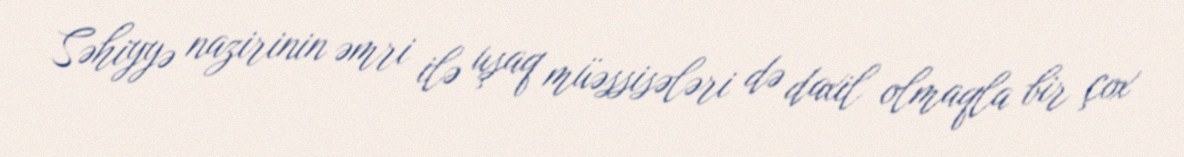
Səhiyyə nazirinin əmri ilə uşaq müəssisələri də daxil olmaqla bir çox